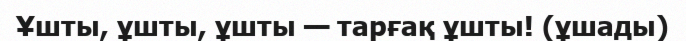
Ұшты, ұшты, ұшты — тарғақ ұшты! (ұшады)